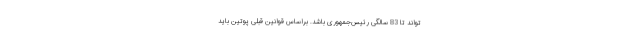
‌تواند تا 83 سالگی رئیس‌جمهوری باشد. براساس قوانین قبلی پوتین باید